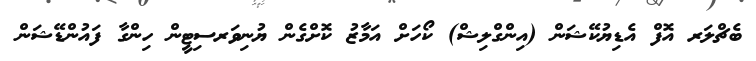
ބެޗްލަރ އޮފް އެޑިޔުކޭޝަން (އިންގްލިޝް) ކޯހަށް އަމާޒު ކޮށްގެން ޔުނިވަރސިޓީން ހިންގާ ފައުންޑޭޝަން